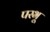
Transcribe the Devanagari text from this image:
परभू